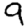
Digit: 9